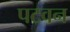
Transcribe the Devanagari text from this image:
पटवन